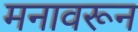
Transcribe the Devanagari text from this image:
मनावरून